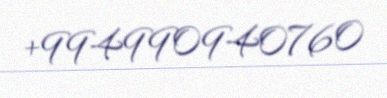
+994990940760